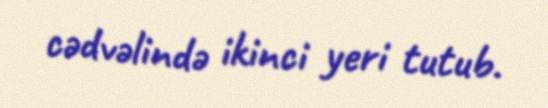
cədvəlində ikinci yeri tutub.